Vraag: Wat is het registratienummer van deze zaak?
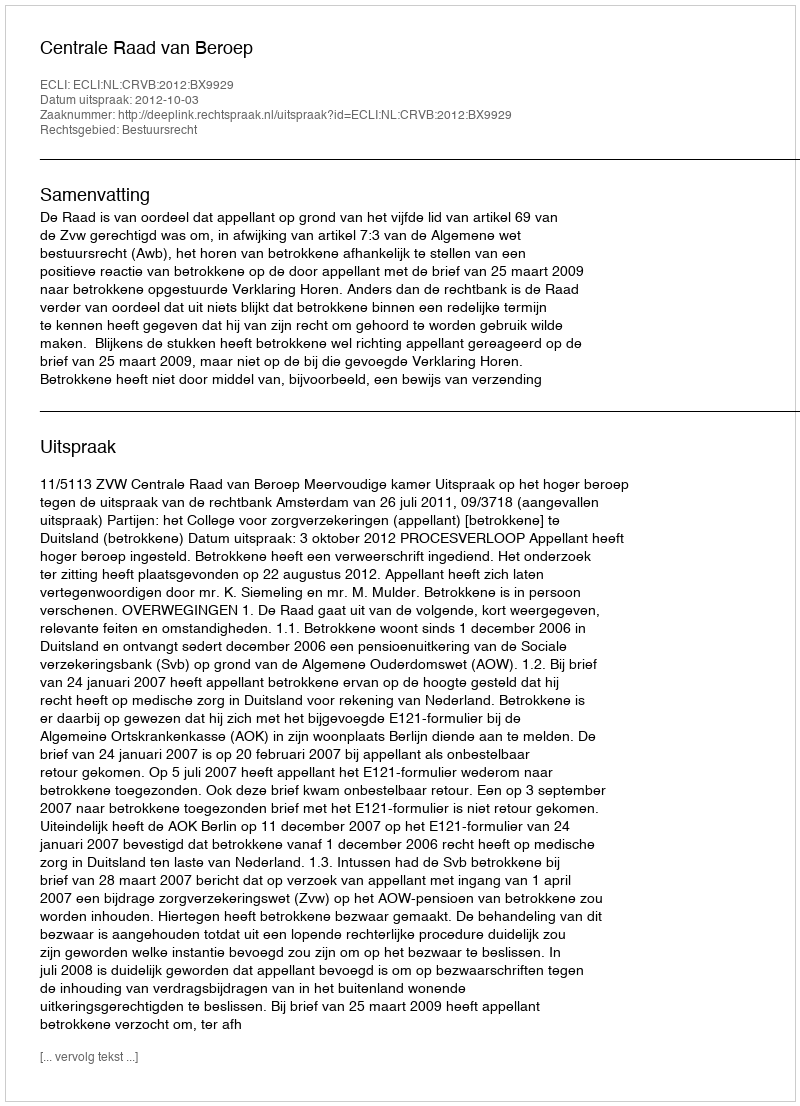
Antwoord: http://deeplink.rechtspraak.nl/uitspraak?id=ECLI:NL:CRVB:2012:BX9929